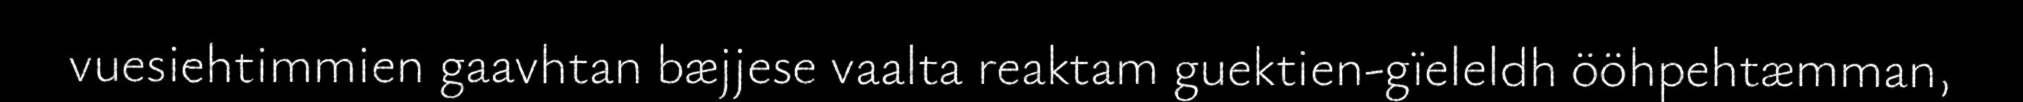
vuesiehtimmien gaavhtan bæjjese vaalta reaktam guektien-gïeleldh ööhpehtæmman,